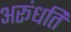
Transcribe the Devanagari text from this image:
अरूंधति